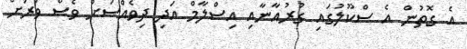
އެ ގޮތުން އެ ސްކޫލުގައި ގުރުއާނާއި އިސްލާމް އަދި ދިވެއްސަށް ވެސް ވަރަށް